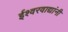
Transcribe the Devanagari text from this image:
ईश्वरवाद्यांनी